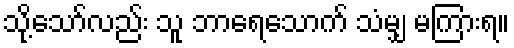
သို့သော်လည်း သူ ဘာရေသောက် သံမျှ မကြားရ။